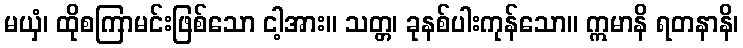
မယှံ၊ ထိုစကြာမင်းဖြစ်သော ငါ့အား။ သတ္တ၊ ခုနစ်ပါးကုန်သော။ ဣမာနိ ရတနာနိ၊